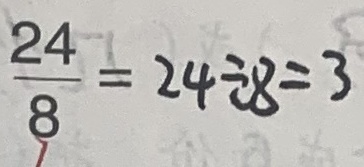
\frac { 2 4 } { 8 } = 2 4 \div 8 = 3